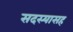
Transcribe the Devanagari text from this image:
सदस्यासह